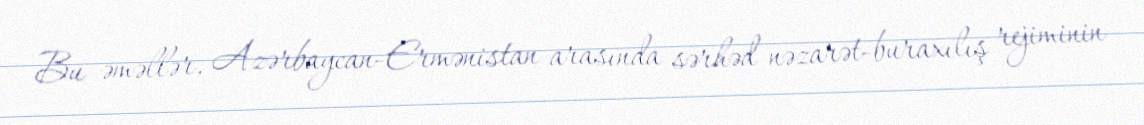
Bu əməllər, Azərbaycan-Ermənistan arasında sərhəd nəzarət-buraxılış rejiminin